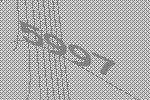
5997